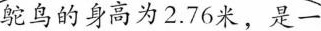
鸵鸟的身高为2.76米，是一